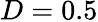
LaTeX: D=0.5